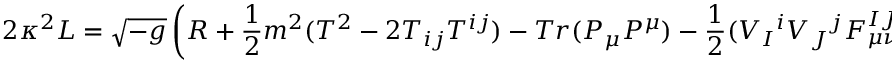
2 \kappa ^ { 2 } { \cal L } = \sqrt { - g } \left( R + { \frac { 1 } { 2 } } m ^ { 2 } ( T ^ { 2 } - 2 T _ { i j } T ^ { i j } ) - T r ( P _ { \mu } P ^ { \mu } ) - { \frac { 1 } { 2 } } ( V _ { I } { } ^ { i } V _ { J } { } ^ { j } F _ { \mu \nu } ^ { I J } ) ^ { 2 } \right) .